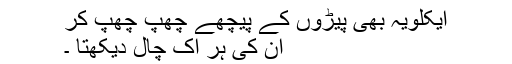
ایکلویہ بھی پیڑوں کے پیچھے چھپ چھپ کر
ان کی ہر اک چال دیکھتا ۔